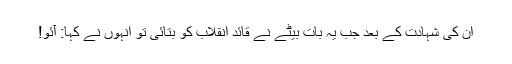
اُن کی شہادت کے بعد جب یہ بات بیٹے نے قائد انقلاب کو بتائی تو انہوں نے کہا: آئو!